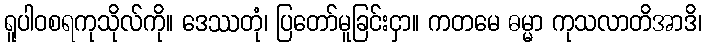
ရူပါဝစရကုသိုလ်ကို။ ဒေဿတုံ၊ ပြတော်မူခြင်းငှာ။ ကတမေ ဓမ္မာ ကုသလာတိအာဒိ၊